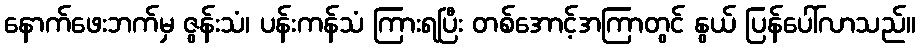
နောက်ဖေးဘက်မှ ဇွန်းသံ၊ ပန်းကန်သံ ကြားရပြီး တစ်အောင့်အကြာတွင် နွယ် ပြန်ပေါ်လာသည်။